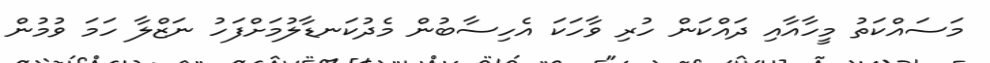
މަސައްކަތު މީހާއާއި ދައްކަން ހުރި ވާހަކަ އެހިސާބުން މެދުކަނޑާލުމަށްފަހު ނަޒްލާ ހަމަ ވުމުން